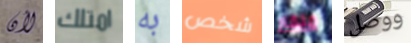
لأن امتلك به شخص منقار ووصل